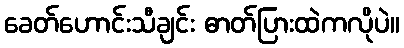
ခေတ်ဟောင်းသီချင်း ဓာတ်ပြားထဲကလိုပဲ။